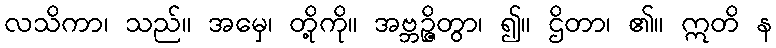
လသိကာ၊ သည်။ အမှေ၊ တို့ကို။ အဗ္ဘဉ္ဇိတွာ၊ ၍။ ဌိတာ၊ ၏။ ဣတိ န